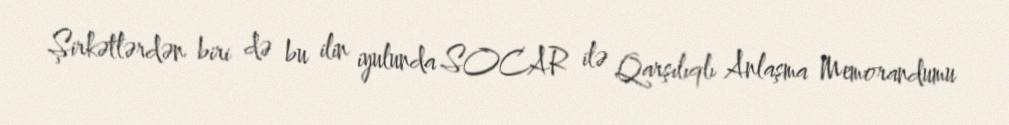
Şirkətlərdən biri də bu ilin iyulunda SOCAR ilə Qarşılıqlı Anlaşma Memorandumu